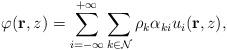
LaTeX: \begin{align*}\varphi(\mathbf{r},z)=\sum\limits_{i=-\infty}^{+\infty}\sum\limits_{k\in \mathcal{N}}^{}\rho_k\alpha_{ki}u_i(\mathbf{r},z),\end{align*}